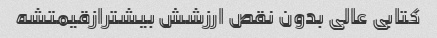
کتابی عالی بدون نقص ارزشش بیشترازقیمتشه